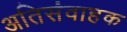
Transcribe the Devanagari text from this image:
अतिसंवाहक